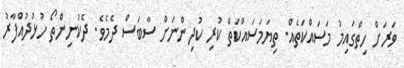
ވަރަށް ހިތްގައިމު މަސައްކަތެއް. ތިޔަމަސައްކަތް ކުރި ކުދިންނަށް ސާބަސް ދެމެވެ. ދެކުނިންތޯ ހުޅުދުއްފާރު